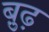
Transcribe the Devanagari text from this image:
बु़ढ़